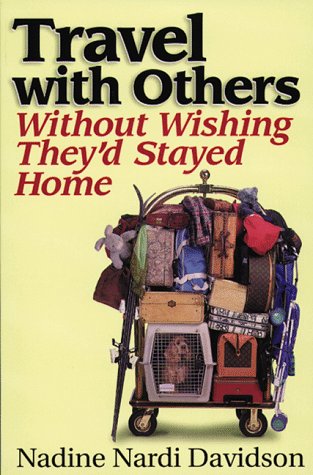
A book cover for Travel With Others: Without Wishing They'd Stayed Home; Nadine Nardi Davidson; Travel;